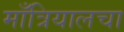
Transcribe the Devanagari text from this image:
माँत्रियालचा